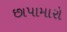
છાપામારો